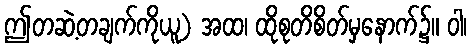
ဤတဆဲ့တချက်ကိုယူ) အထ၊ ထိုစုတိစိတ်မှနောက်၌။ ဝါ၊